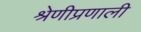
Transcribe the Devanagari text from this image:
श्रेणीप्रणाली